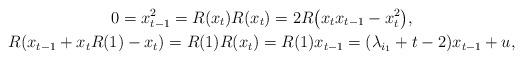
LaTeX: \begin{gather*}0 = x_{t-1}^2 = R(x_t)R(x_t) = 2R\big(x_t x_{t-1}- x_t^2\big),\\R(x_{t-1}+x_tR(1)-x_t) = R(1)R(x_t) = R(1)x_{t-1} = (\lambda_{i_1}+t-2)x_{t-1} + u,\end{gather*}